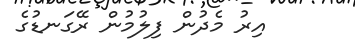
އިރު މެދުން ފިލުމުން ރޭގަނޑުގެ